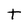
Character: t